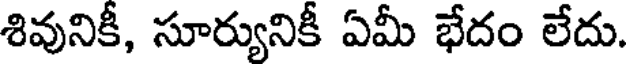
శివునికీ, సూర్యునికీ ఏమీ భేదం లేదు.